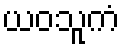
ယဝသူကံ